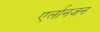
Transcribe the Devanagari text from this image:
एर्लानजन